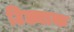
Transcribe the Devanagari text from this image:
टिड्याक